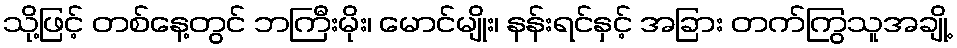
သို့ဖြင့် တစ်နေ့တွင် ဘကြီးမိုး၊ မောင်မျိုး၊ နန်းရင်နှင့် အခြား တက်ကြွသူအချို့